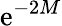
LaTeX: \mathrm{e}^{-2M}